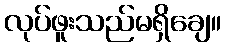
လုပ်ဖူးသည်မရှိချေ။